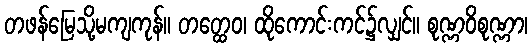
တဖန်မြေသို့မကျကုန်။ တတ္ထေဝ၊ ထိုကောင်းကင်၌လျှင်။ စုဏ္ဏဝိစုဏ္ဏာ၊